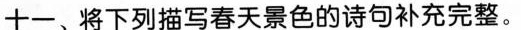
十一﹑将下列描写春天景色的诗句补充完整。